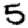
Digit: 5